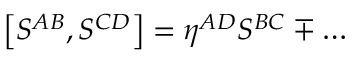
\left[ S ^ { A B } , S ^ { C D } \right] = \eta ^ { A D } S ^ { B C } \mp \ldots